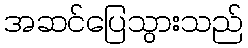
အဆင်ပြေသွားသည်